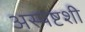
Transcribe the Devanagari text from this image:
अस्पष्टशी